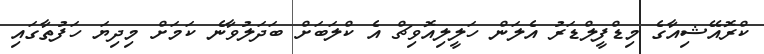
ކްރޮއޭޝިއާގެ މިޑްފީލްޑަރު އެލަން ހަލީލިއޮވިޗް އެ ކްލަބަށް ބަދަލުވާނެ ކަމަށް މިދިޔަ ހަފުތާގައި